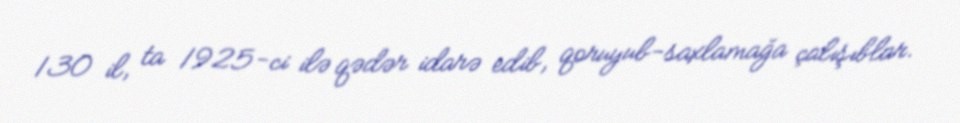
130 il, ta 1925-ci ilə qədər idarə edib, qoruyub-saxlamağa çalışıblar.